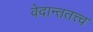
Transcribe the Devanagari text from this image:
वेदान्ततत्त्‍व